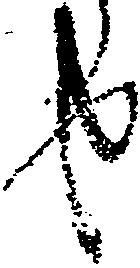
せ